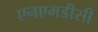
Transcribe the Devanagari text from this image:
एनएमडीसी